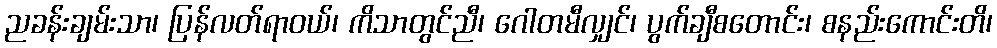
ညခန်းချမ်းသာ၊ ပြန်လတ်ရာဝယ်၊ ကိသာတွင်ညီ၊ ဂေါတမီလျှင်၊ ပွက်ချီစတောင်း၊ စနည်းကောင်းတိ၊